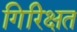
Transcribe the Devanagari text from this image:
गिरिक्षत